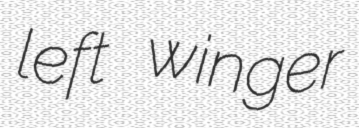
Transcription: left winger